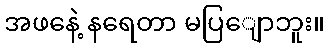
အဖနေဲ့ နရေတာ မပြျောဘူး။